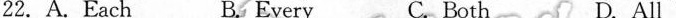
22. A.Each B.. Every C. Both D. All